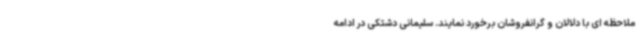
ملاحظه ای با دلالان و گرانفروشان برخورد نمایند. سلیمانی دشتکی در ادامه